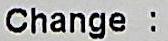
CHANGE :